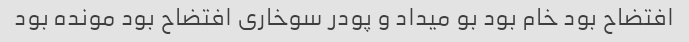
افتضاح بود خام بود بو میداد و پودر سوخاری افتضاح بود مونده بود